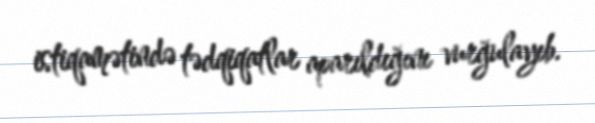
istiqamətində tədqiqatlar aparıldığını vurğulayıb.